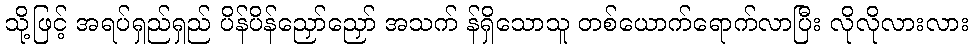
သို့ဖြင့် အရပ်ရှည်ရှည် ပိန်ပိန်ညှော်ညှော် အသက် န်ရှိသောသူ တစ်ယောက်ရောက်လာပြီး လိုလိုလားလား